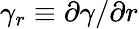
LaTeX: \gamma_{r}\equiv\partial\gamma/\partial r